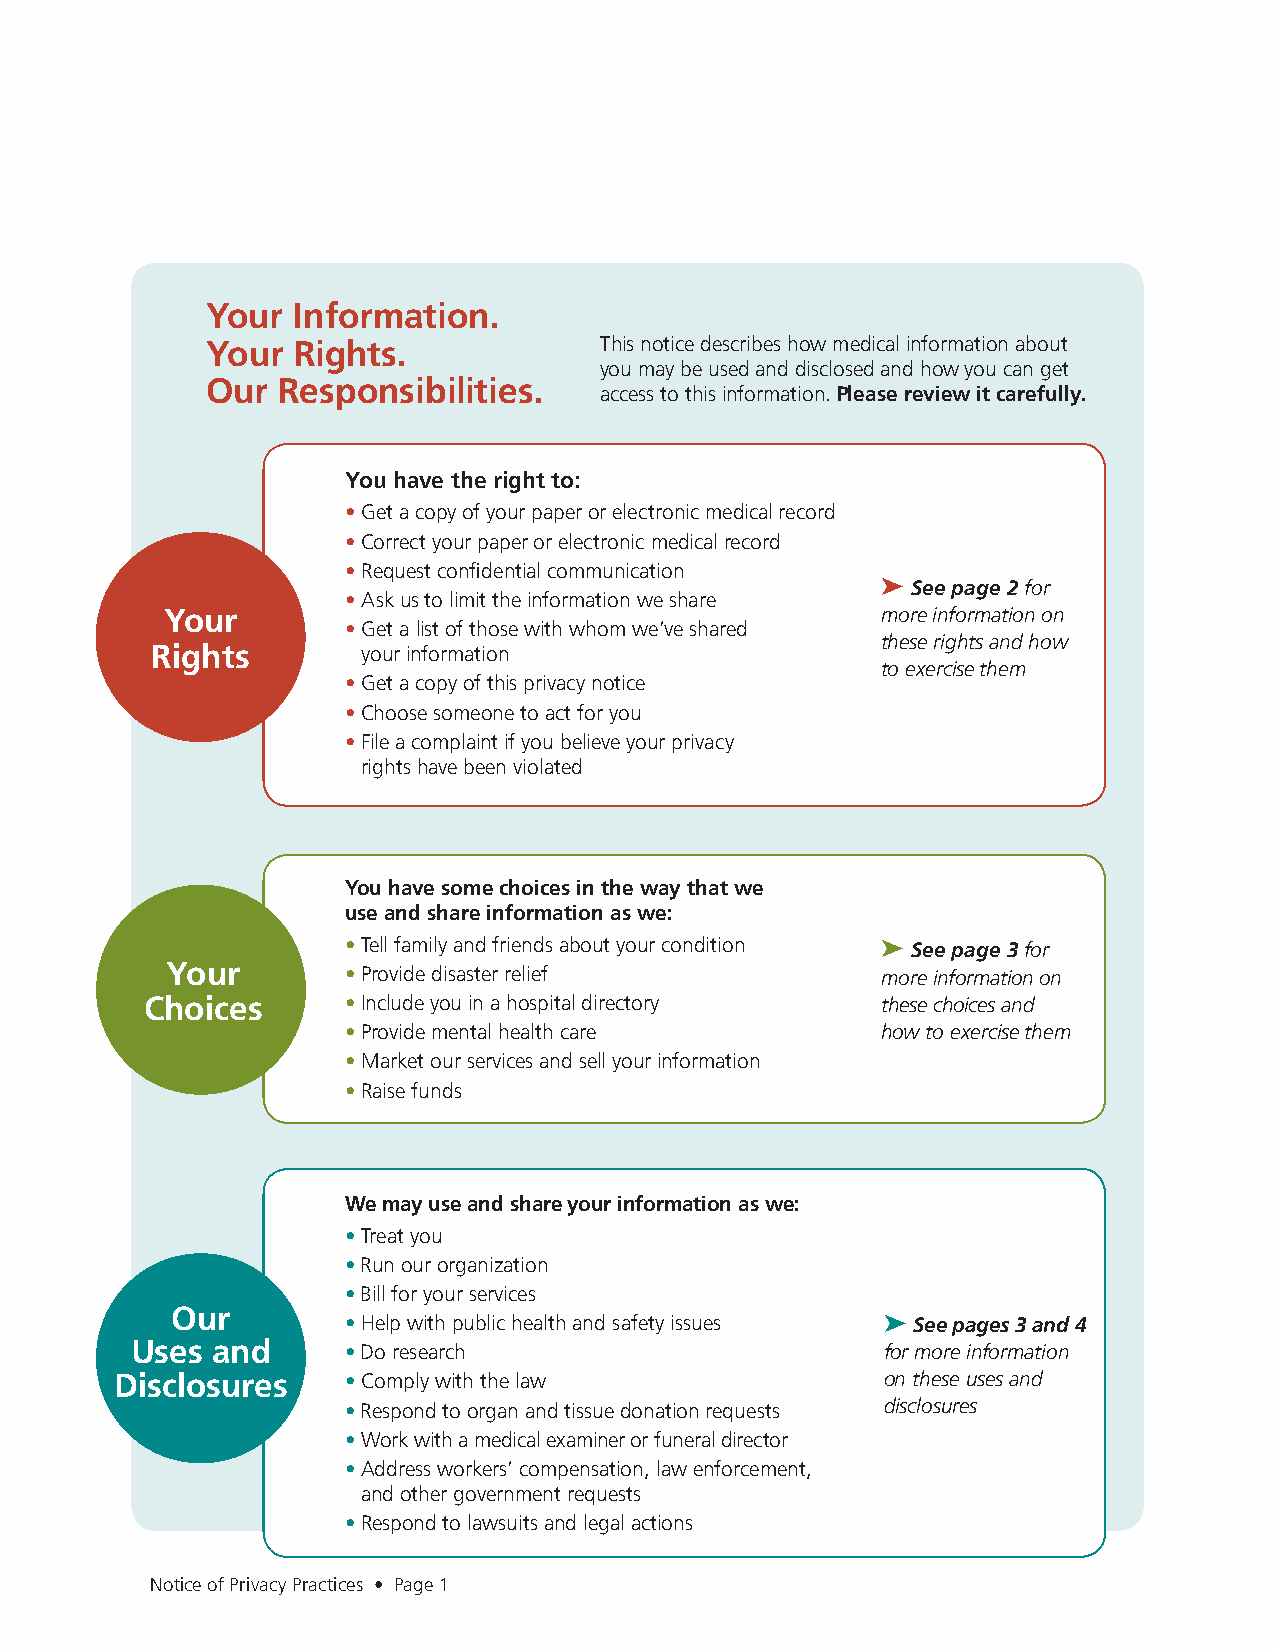
Your Information.
 Your Rights.              This notice describes how medical information about
 you may be used and disclosed and how you can get
 Our Responsibilities.
 access to this information. Please review it carefully.
 You have the right to:
 • Get a copy of your paper or electronic medical record
 • Correct your paper or electronic medical record
 • Request confidential communication
 ➤ See page 2 for
 • Ask us to limit the information we share
 Your                                           more information on
 • Get a list of those with whom we’ve shared
 these rights and how
 Rights        your information
 to exercise them
 • Get a copy of this privacy notice
 • Choose someone to act for you
 • File a complaint if you believe your privacy
 rights have been violated
 You have some choices in the way that we
 use and share information as we:
 • Tell family and friends about your condition ➤ See page 3 for
 Your        • Provide disaster relief          more information on
 Choices      • Include you in a hospital directory these choices and
 • Provide mental health care       how to exercise them
 • Market our services and sell your information
 • Raise funds
 We may use and share your information as we:
 • Treat you
 • Run our organization
 • Bill for your services
 Our
 • Help with public health and safety issues ➤ See pages 3 and 4
 Uses and      • Do research                       for more information
 Disclosures    • Comply with the law               on these uses and
 • Respond to organ and tissue donation requests disclosures
 • Work with a medical examiner or funeral director
 • Address workers’ compensation, law enforcement,
 and other government requests
 • Respond to lawsuits and legal actions
 Notice of Privacy Practices • Page 1